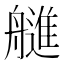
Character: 𰰓